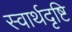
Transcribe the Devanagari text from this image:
स्वार्थदृष्टि